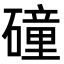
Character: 䃥